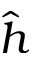
\hat { h }